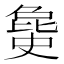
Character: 𣬐